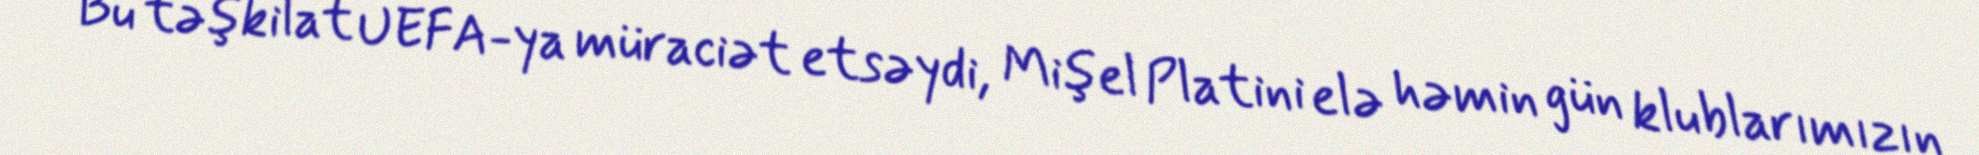
Bu təşkilat UEFA-ya müraciət etsəydi, Mişel Platini elə həmin gün klublarımızın